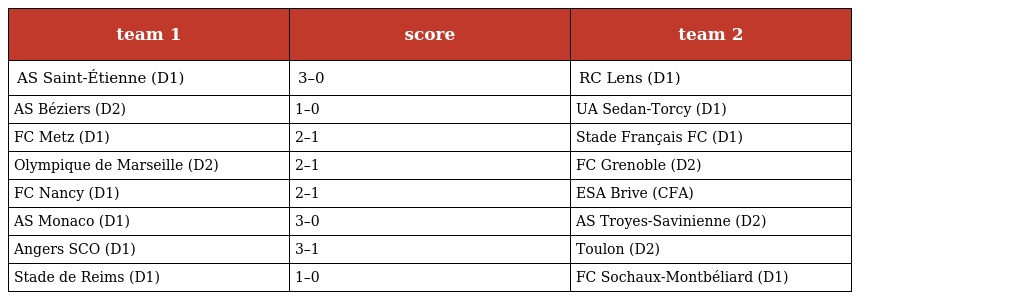
| team 1 | score | team 2 |
 | --- | --- | --- |
 | AS Saint-Étienne (D1) | 3–0 | RC Lens (D1) |
 | AS Béziers (D2) | 1–0 | UA Sedan-Torcy (D1) |
 | FC Metz (D1) | 2–1 | Stade Français FC (D1) |
 | Olympique de Marseille (D2) | 2–1 | FC Grenoble (D2) |
 | FC Nancy (D1) | 2–1 | ESA Brive (CFA) |
 | AS Monaco (D1) | 3–0 | AS Troyes-Savinienne (D2) |
 | Angers SCO (D1) | 3–1 | Toulon (D2) |
 | Stade de Reims (D1) | 1–0 | FC Sochaux-Montbéliard (D1) |